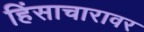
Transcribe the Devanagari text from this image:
हिंसाचारावर